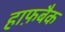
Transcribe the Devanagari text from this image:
हाफ़बैक